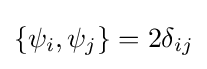
\{\psi _{i},\psi _{j}\}=2\delta _{ij}